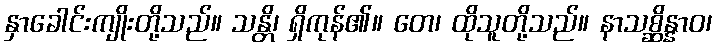
နှာခေါင်းကျိုးတို့သည်။ သန္တိ၊ ရှိကုန်၏။ တေ၊ ထိုသူတို့သည်။ နာသစ္ဆိန္နာဝ၊